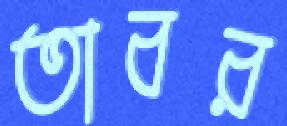
তাবর